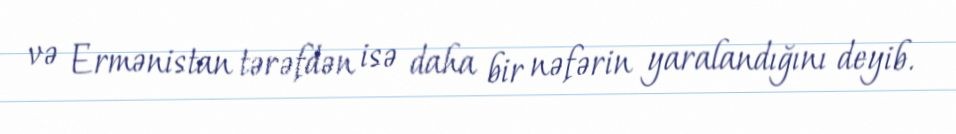
və Ermənistan tərəfdən isə daha bir nəfərin yaralandığını deyib.